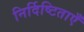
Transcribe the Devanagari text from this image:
निर्दिष्टिताएँ